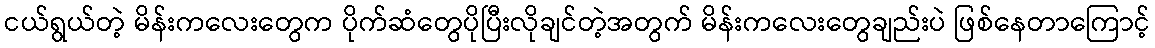
ငယ်ရွယ်တဲ့ မိန်းကလေးတွေက ပိုက်ဆံတွေပိုပြီးလိုချင်တဲ့အတွက် မိန်းကလေးတွေချည်းပဲ ဖြစ်နေတာကြောင့်